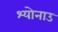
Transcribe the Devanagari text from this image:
श्योनाउ